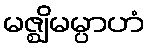
မဇ္ဈိမမ္ပာဟံ